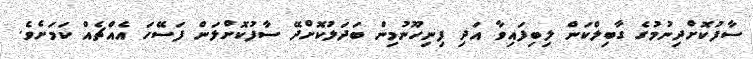
ސާފުކޮށްދިނުމުގެ ގާބިލްކަން ލިބިފައިވާ އަދި ފިނިހޫނުމިން ބަދަލުކޮށްދޭ ސާފުކޮށްލަން ފަސޭހަ އެއްޗެއް ކަމަށެވެ.